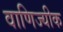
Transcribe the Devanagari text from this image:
वाणिज्यीक